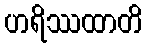
ဟရိဿထာတိ